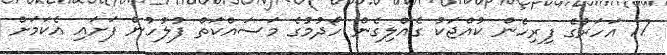
17 އަހަރުގެ ފިރިހެން ކުއްޖަކު ގެއްލިގެން ހޯދުމުގެ މަސައްކަތް ފުލުހުން ފަށައި އެކަމަށް